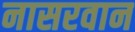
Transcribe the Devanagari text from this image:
नासरवान